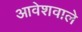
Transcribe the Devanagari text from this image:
आवेशवाले